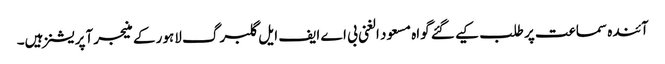
آئندہ سماعت پر طلب کیے گئے گواہ مسعود الغنی بی اے ایف ایل گلبرگ لاہور کے منیجر آپریشنز ہیں۔